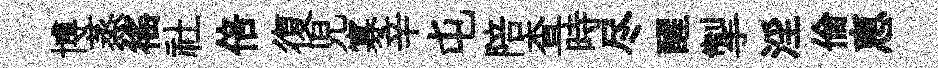
博蒸徭社倍復児寡辛屯陪查時尽醒掣淫倫恵